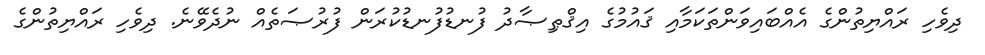
ދިވެހި ރައްޔިތުންގެ އެއްބައިވަންތަކަމާއި ޤައުމުގެ އިޤްޠިޞާދު ފުނޑުފުނޑުކުރަން ފުރުޞަތެއް ނުދެވޭނެ. ދިވެހި ރައްޔިތުންގެ